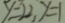
y = 2 2 , y = 1